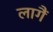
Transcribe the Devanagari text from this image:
लागैं